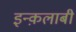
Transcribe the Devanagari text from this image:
इन्क़लाबी